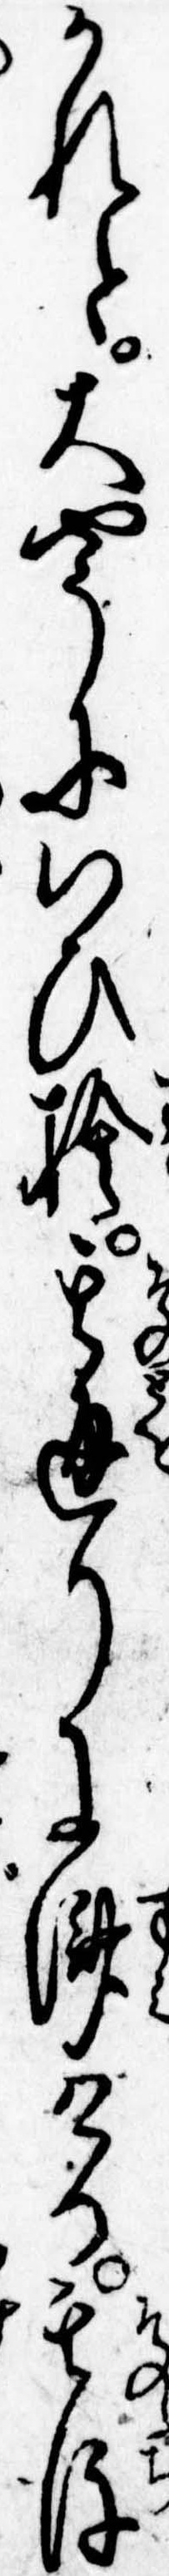
かれと大やうにいひ捨其通りに済ける其後